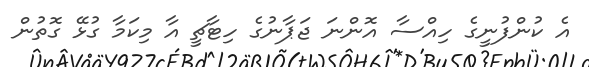
އެ ކުންފުނީގެ ހިއްސާ އޮންނަ ޖަޕާނުގެ ހިޓާޗީ އާ މިކަމާ ގުޅޭ ގޮތުން